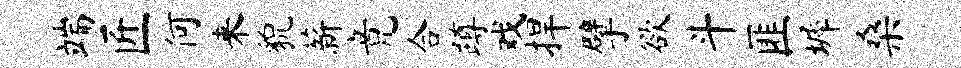
端匠何来貌薪竟合蹲戏捍擘欲斗匪墀桑